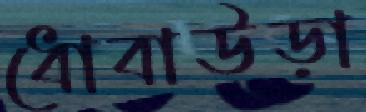
ধোবাউড়া